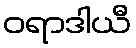
ဝရာဒါယီ